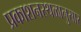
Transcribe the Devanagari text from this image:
प्रकाशनस्थळानुसार